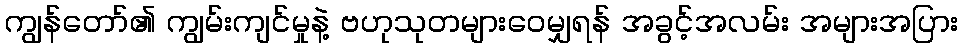
ကျွန်တော်၏ ကျွမ်းကျင်မှုနဲ့ ဗဟုသုတများဝေမျှရန် အခွင့်အလမ်း အများအပြား